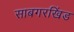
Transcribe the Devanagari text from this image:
साबगरखिंड